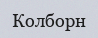
Колборн